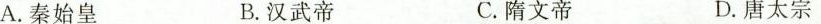
A.秦始皇 B.汉武帝 C.隋文帝 D.唐太宗